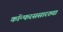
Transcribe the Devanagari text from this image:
कॉन्फरससारख्या